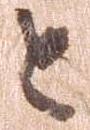
と